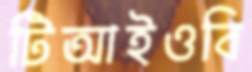
টিআইওবি